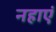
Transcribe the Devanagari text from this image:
नहाएं